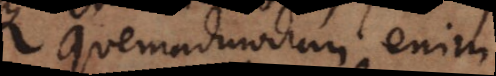
Quemadmodum enim